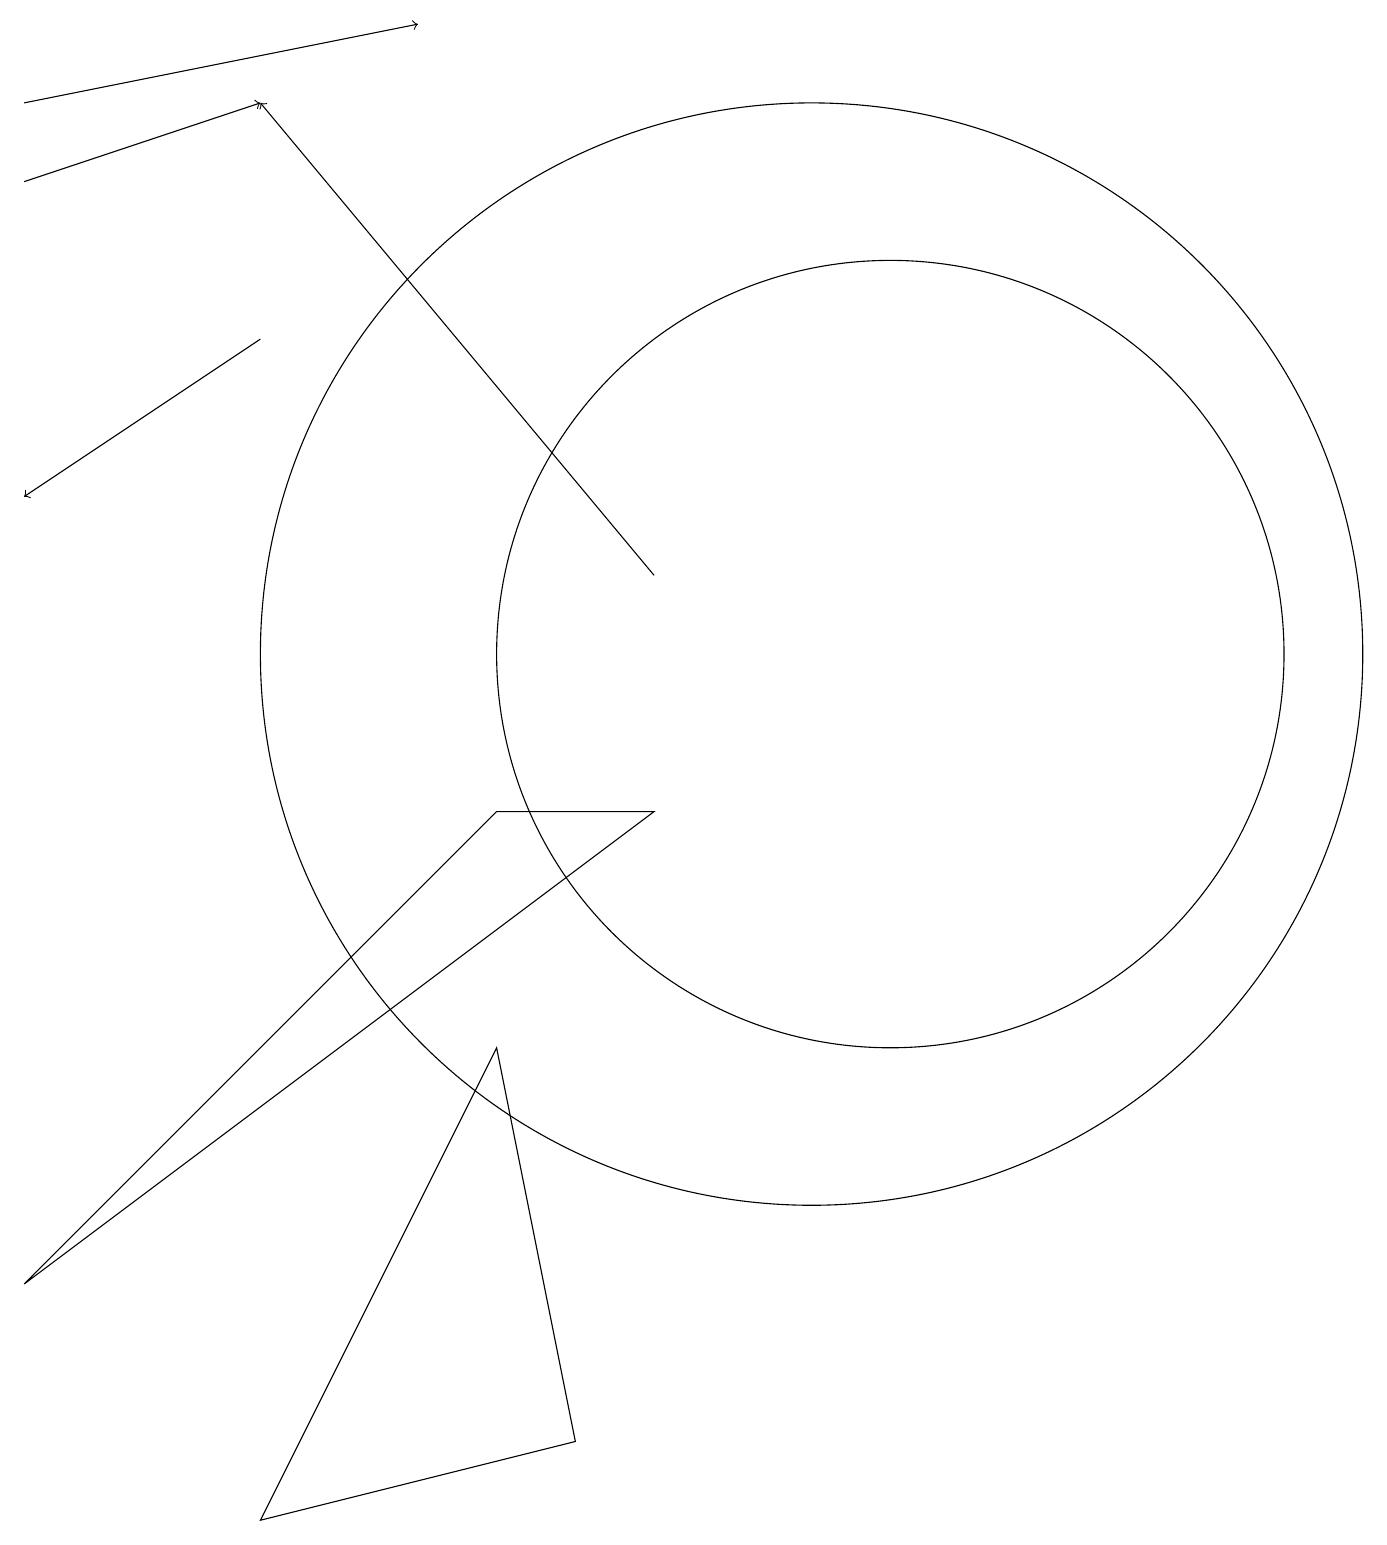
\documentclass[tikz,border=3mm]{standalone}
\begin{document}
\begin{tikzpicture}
\draw (10,11) circle (7);
\draw[->] (0,17) -- (3,18);
\draw[->] (3,15) -- (0,13);
\draw (7,1) -- (3,0) -- (6,6) -- cycle;
\draw[->] (8,12) -- (3,18);
\draw (8,9) -- (0,3) -- (6,9) -- cycle;
\draw[->] (0,18) -- (5,19);
\draw (11,11) circle (5);
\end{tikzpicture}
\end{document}